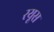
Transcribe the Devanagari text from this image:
रयूस